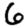
Digit: 6